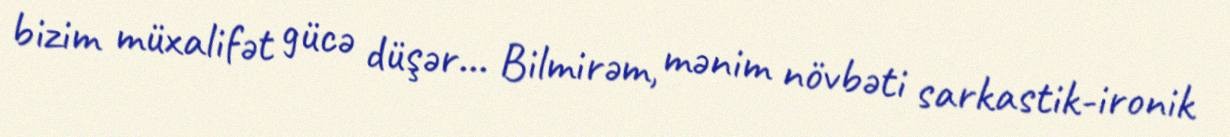
bizim müxalifət gücə düşər... Bilmirəm, mənim növbəti sarkastik-ironik